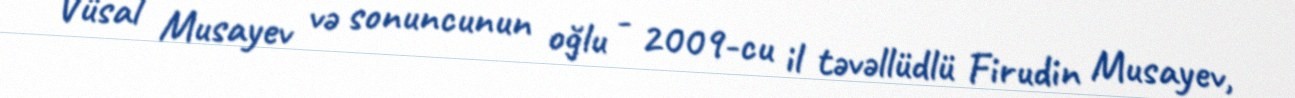
Vüsal Musayev və sonuncunun oğlu - 2009-cu il təvəllüdlü Firudin Musayev,